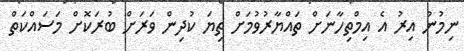
ނިމުނު އިރު އެ އިމްތިހާނަށް ތައްޔާރުވުމަށް ތިޔަ ކުދިން ވަރަށް ބުރަކޮށް މަސައްކަތް